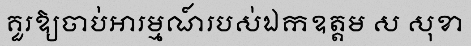
គួរឱ្យចាប់អារម្មណ៍របស់ឯកឧត្តម ស សុខា